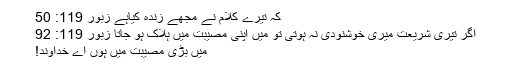
کہ تیرے کلام نے مجھے زندہ کیاہے زبُور 119: 50
اگر تیری شریعت میری خُوشنودی نہ ہوتی تو میَں اپنی مُصیبت میں ہلاک ہو جاتا زبُور 119: 92
میَں بڑی مُصیبت میں ہوں اَے خُداوند!